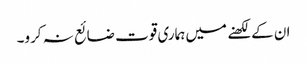
ان کے لکھنے میں ہماری قوت ضائع نہ کرو۔